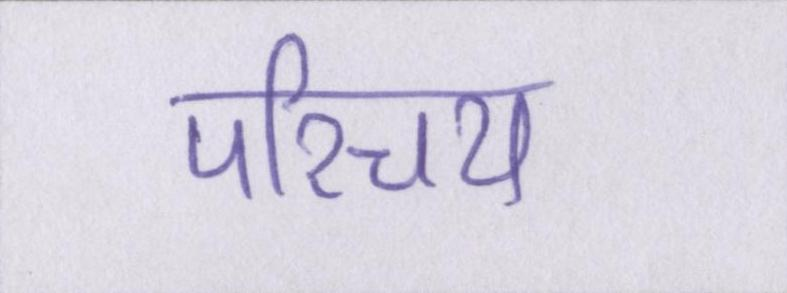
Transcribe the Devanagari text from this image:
परिचय